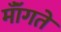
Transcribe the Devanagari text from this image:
मॉँगते